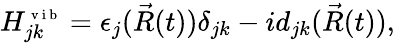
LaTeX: H_{jk}^{\scriptsize{\mathrm{~v~i~b~}}}=\epsilon_{j}(\vec{R}(t))\delta_{jk}-id_{jk}(\vec{R}(t)),